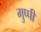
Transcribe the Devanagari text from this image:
गुप्पी